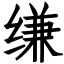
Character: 缣